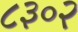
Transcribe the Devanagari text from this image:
८३०२